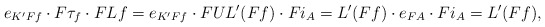
\begin{align*} {e}_{K'Ff}\cdot{}F\tau_f\cdot{}F{L}f= {e}_{K'Ff}\cdot{}FUL'({Ff})\cdot{}Fi_A= L'({Ff})\cdot{}{e}_{FA}\cdot{}Fi_A=L'({Ff}), \end{align*}